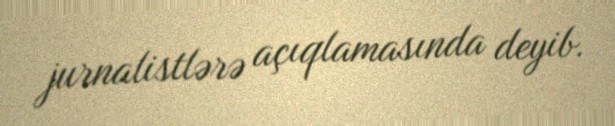
jurnalistlərə açıqlamasında deyib.